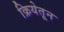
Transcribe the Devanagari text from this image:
क्रियेतून